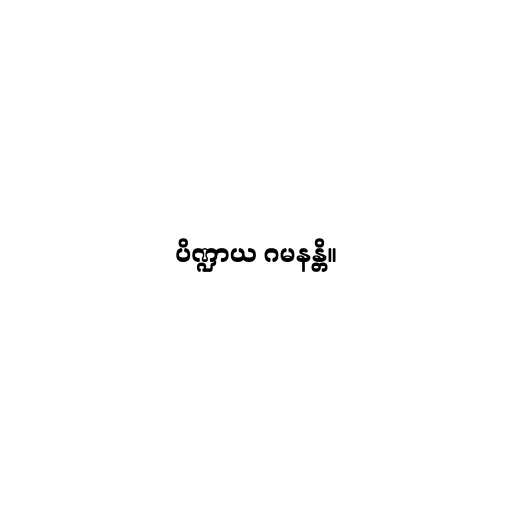
ပိဏ္ဍာယ ဂမနန္တိ။